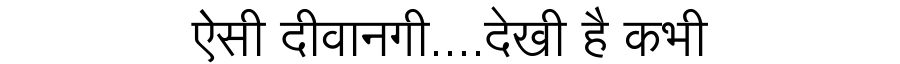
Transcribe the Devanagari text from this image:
ऐसी दीवानगी....देखी है कभी